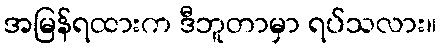
အမြန်ရထားက ဒီဘူတာမှာ ရပ်သလား။